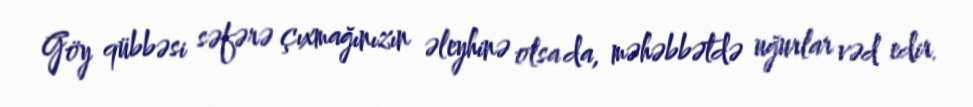
Göy qübbəsi səfərə çıxmağınızın əleyhinə olsa da, məhəbbətdə uğurlar vəd edir.